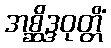
အစ္ဆိဒ္ဒဝုတ္တိံ